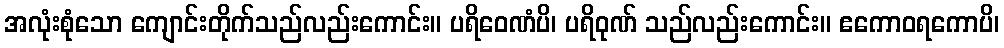
အလုံးစုံသော ကျောင်းတိုက်သည်လည်းကောင်း။ ပရိဝေဏံပိ၊ ပရိဝုဏ် သည်လည်းကောင်း။ ဧကောဝရကောပိ၊